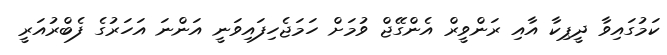
ކަމުގައިވާ ދީޕިކާ އާއި ރަންވީރް އެންގޭޖް ވުމަށް ހަމަޖެހިފައިވަނީ އަންނަ އަހަރުގެ ފެބްރުއަރީ